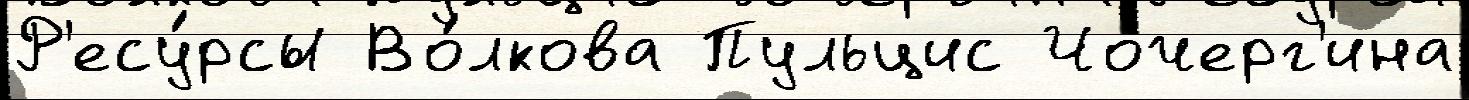
Р'есу́рсы Во́лкова Пульцис Чочерг'ина